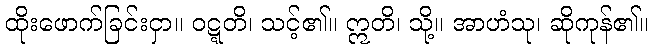
ထိုးဖောက်ခြင်းငှာ။ ဝဋ္ဋတိ၊ သင့်၏။ ဣတိ၊ သို့။ အာဟံသု၊ ဆိုကုန်၏။